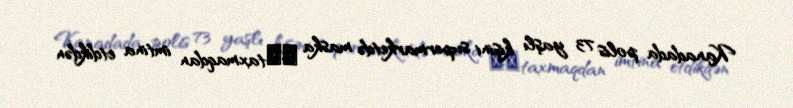
Kanadada polis 73 yaşlı kişini supermarketdə maska ​​taxmaqdan imtina etdikdən